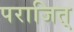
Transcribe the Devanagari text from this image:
पराजित्